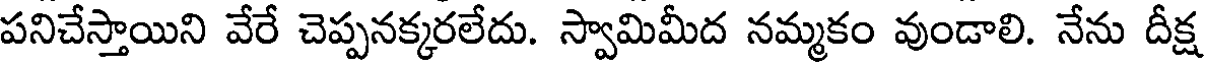
పనిచేస్తాయిని వేరే చెప్పనక్కరలేదు. స్వామిమీద నమ్మకం వుండాలి. నేను దీక్ష